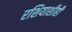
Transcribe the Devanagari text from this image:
रशियाशीही